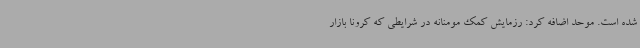
شده است. موحد اضافه کرد: رزمایش کمک مومنانه در شرایطی که کرونا بازار